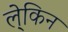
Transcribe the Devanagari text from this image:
ल्ेकिन